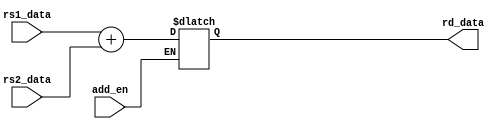
module Add(input add_en,input wire [31:0]rs1_data ,input wire [31:0]rs2_data,output reg [31:0]rd_data);
always @(*) begin
if(add_en == 1)
	begin
	 rd_data <= rs1_data + rs2_data;
	end
end
endmodule

module sub(input sub_en,input [31:0]rs1_data ,input [31:0]rs2_data,output reg[31:0]rd_data);
always @(*) begin
if(sub_en == 1)
	begin
	 rd_data <= rs1_data - rs2_data;
	end
end
endmodule

module Xor(input xor_en,input [31:0]rs1_data ,input [31:0]rs2_data,output reg[31:0]rd_data);
always @(*) begin
if(xor_en == 1)
	begin
	 rd_data <= rs1_data ^ rs2_data;
	end
end
endmodule

module Or(input or_en,input [31:0]rs1_data ,input [31:0]rs2_data,output reg[31:0]rd_data);
always @(*) begin
if(or_en == 1)
	begin
	 rd_data <= rs1_data | rs2_data;
	end
end
endmodule

module And(input and_en,input [31:0]rs1_data ,input [31:0]rs2_data,output reg[31:0]rd_data);
always @(*) begin
if(and_en == 1)
	begin
	 rd_data <= rs1_data & rs2_data;
	end
end
endmodule

//////////////////////////////////////////////////////////////////////////////
module sll(input sll_en,input [31:0]rs1_data ,input [31:0]rs2_data,output reg[31:0]rd_data);
always @(*) begin
if(sll_en == 1)
	begin
	 rd_data <= rs1_data << rs2_data;
	end
end
endmodule


module sltu(input sltu_en,input [31:0]rs1_data ,input [31:0]rs2_data,output reg[31:0]rd_data);
always @(*) begin
if(sltu_en == 1)
	begin
	 rd_data <= (rs1_data < rs2_data) ? 1:0;
	end
end
endmodule

module srl(input srl_en,input [31:0]rs1_data ,input [31:0]rs2_data,output reg[31:0]rd_data);
always @(*) begin
if(srl_en == 1)
	begin
	 rd_data <= rs1_data >> rs2_data;
	end
end
endmodule

module sra(input sra_en,input [31:0]rs1_data ,input [31:0]rs2_data,output reg[31:0]rd_data);
always @(*) begin
if(sra_en == 1)
	begin
	 rd_data <= (rs1_data >> rs2_data);
	end
end
endmodule

///////////////////////////////////////////////////////////////////////////////
module slt(input slt_en,input [31:0]rs1_data ,input [31:0]rs2_data,output reg[31:0]rd_data);
wire [1:0] case_data;
assign case_data ={rs1_data[31],rs2_data[31]};
always @(*) begin
if(slt_en == 1)
	begin
		case(case_data)
			2'b00:begin
				rd_data <= rs1_data < rs2_data ? 1:0;
			      end
			2'b01:begin
				rd_data <= 32'b0;	
			      end
			2'b10:begin
				rd_data <= 32'b1;
			      end
			2'b11:begin
				rd_data <= rs1_data > rs2_data ? 1:0;
			      end
		endcase
	end
end
endmodule
///////////////////////////////////////////////////////////////////